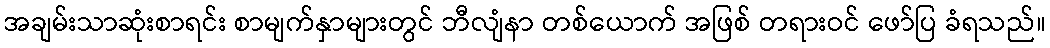
အချမ်းသာဆုံးစာရင်း စာမျက်နှာများတွင် ဘီလျံနာ တစ်ယောက် အဖြစ် တရားဝင် ဖော်ပြ ခံရသည်။